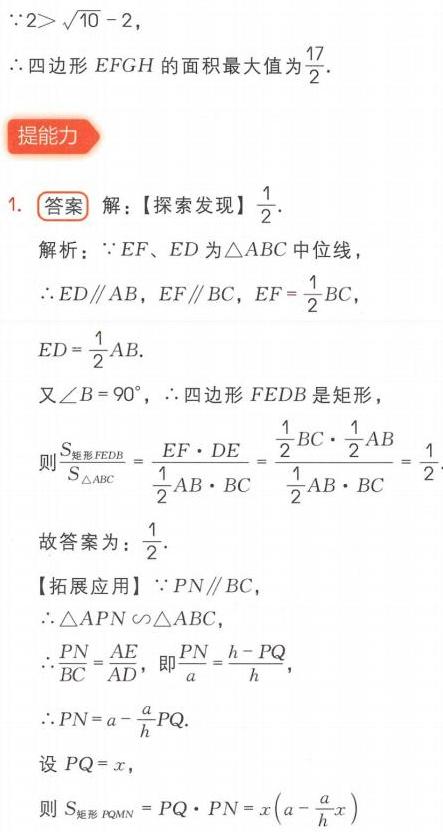
\(\because 2>\sqrt{10}-2\)，
\(\therefore\)四边形 \(EFGH\) 的面积最大值为\(\frac{17}{2}\).

**提能力**
1. **答案** 解：【探索发现】\(\frac{1}{2}\).
解析：\(\because EF、ED\)为\(\triangle ABC\)中位线，
\(\therefore ED\parallel AB\)，\(EF\parallel BC\)，\(EF = \frac{1}{2}BC\)，
\(ED = \frac{1}{2}AB\).
又\(\angle B = 90^{\circ}\)，\(\therefore\)四边形 \(FEDB\) 是矩形，
则\(\frac{S_{矩形FEDB}}{S_{\triangle ABC}}=\frac{EF\cdot DE}{\frac{1}{2}AB\cdot BC}=\frac{\frac{1}{2}BC\cdot\frac{1}{2}AB}{\frac{1}{2}AB\cdot BC}=\frac{1}{2}\)
故答案为：\(\frac{1}{2}\).
【拓展应用】\(\because PN\parallel BC\)，
\(\therefore\triangle APN\backsim\triangle ABC\)，
\(\therefore\frac{PN}{BC}=\frac{AE}{AD}\)，即\(\frac{PN}{a}=\frac{h - PQ}{h}\)，
\(\therefore PN = a-\frac{a}{h}PQ\).
设 \(PQ = x\)，
则\(S_{矩形PQMN}=PQ\cdot PN=x\left(a - \frac{a}{h}x\right)\)